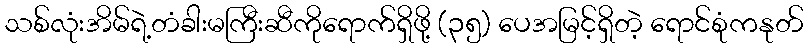
သစ်လုံးအိမ်ရဲ့တံခါးမကြီးဆီကိုရောက်ရှိဖို့ (၃၅) ပေအမြင့်ရှိတဲ့ ရောင်စုံကနုတ်